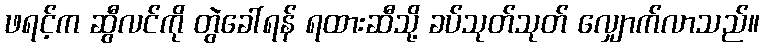
ဖရင့်က ဆွီလင်ကို တွဲခေါ်ရန် ရထားဆီသို့ ခပ်သုတ်သုတ် လျှောက်လာသည်။